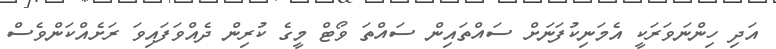
އަދި ހިންނަވަރަކީ އެމަނިކުފަނަށް ސައްތައިން ސައްތަ ވޯޓް މީގެ ކުރިން ދެއްވަފައިވަ ރަށެއްކަންވެސް